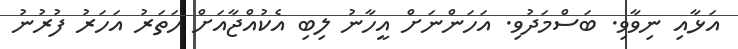
އަޅާއި ނިވާވި. ބަސްމަދުވި. އަހަންނަށް އީހާނު ލިބި އެކުއްޖާއަށް ހަތަރު އަހަރު ފުރުނު